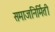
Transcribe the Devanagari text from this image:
समाजनिर्मिती